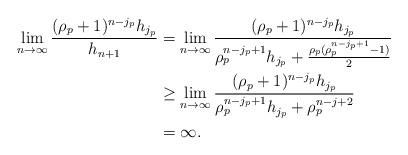
LaTeX: \begin{align*}\lim_{n\to \infty} \frac{(\rho_p+1)^{n-j_p} h_{j_p}}{ h_{n+1} } &= \lim_{n\to \infty} \frac{(\rho_p+1)^{n-j_p} h_{j_p}}{ \rho_p^{n-j_p+1}h_{j_p} + \frac{\rho_p(\rho_p^{n-j_p+1}-1)}{2} } \\&\geq \lim_{n\to \infty} \frac{(\rho_p+1)^{n-j_p} h_{j_p}}{ \rho_p^{n-j_p+1}h_{j_p} + \rho_p^{n-j+2} } \\ &= \infty . \end{align*}